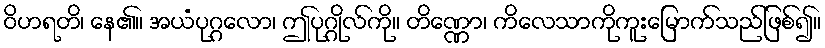
ဝိဟရတိ၊ နေ၏။ အယံပုဂ္ဂလော၊ ဤပုဂ္ဂိုလ်ကို။ တိဏ္ဏော၊ ကိလေသာကိုကူးမြောက်သည်ဖြစ်၍။